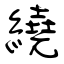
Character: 繞